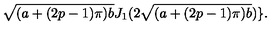
\sqrt { ( a + ( 2 p - 1 ) \pi ) b } J _ { 1 } ( 2 \sqrt { ( a + ( 2 p - 1 ) \pi ) b } ) \} .